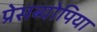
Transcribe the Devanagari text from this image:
प्रेसब्योपिया